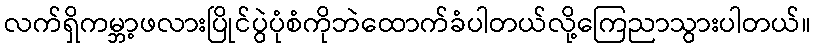
လက်ရှိကမ္ဘာ့ဖလားပြိုင်ပွဲပုံစံကိုဘဲထောက်ခံပါတယ်လို့ကြေညာသွားပါတယ်။